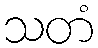
သတံ